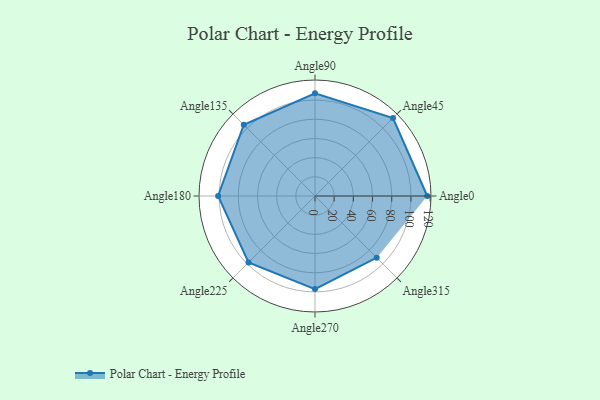
{"axis": {"x": "Angle", "y": "Radius"}, "legend": [""], "data": [{"x": "Angle0", "y": 117.0, "type": ""}, {"x": "Angle45", "y": 115.0, "type": ""}, {"x": "Angle90", "y": 107.0, "type": ""}, {"x": "Angle135", "y": 105.0, "type": ""}, {"x": "Angle180", "y": 101.0, "type": ""}, {"x": "Angle225", "y": 98.0, "type": ""}, {"x": "Angle270", "y": 97.0, "type": ""}, {"x": "Angle315", "y": 91.0, "type": ""}]}